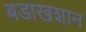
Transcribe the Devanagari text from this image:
बडाखशान